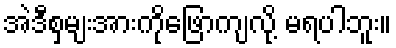
အဲဒီစှမျးအားကိုဖြောကျလို့ မရပါဘူး။